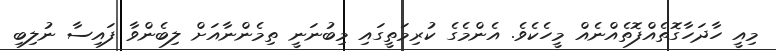
މިއީ ހާދަހާގޮތެއްފޮތެއްނެއް މީހެކެވެ. އެންމެގެ ކުރިމަތީގައި މިބުނަނީ ތިމެންނާއަށް ލިބެންވާ ފައިސާ ނުލިބި